Document type: Testament
Year: 1300
Scribe: Bonanat d'Esparreguera
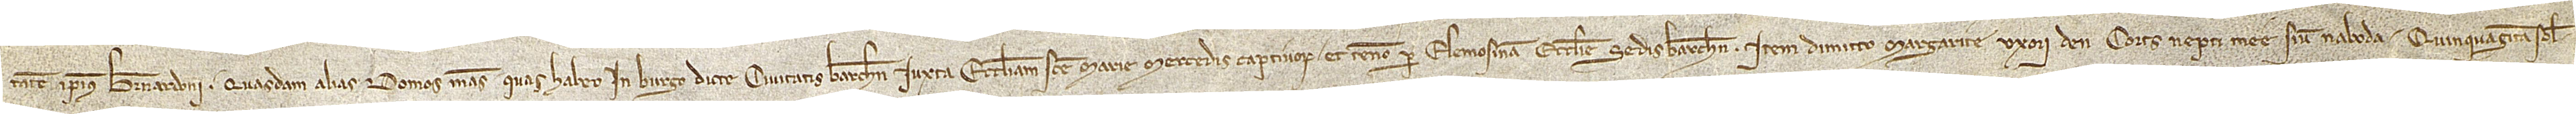
tatem ipsius Bernardoni, quasdam alias domos meas quas habeo in burgo dicte civitatis Barchinone, iuxta ecclesiam Sancte Marie Mercedis Captivorum, et teneo per elemosinam ecclesie Sedis Barchinone. Item, dimitto Margarite, uxori d’en Corts, nepti mee sive naboda, quinquaginta solidos.